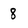
Character: 8